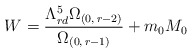
\begin{align*}W=\frac{\Lambda _{rd}^{5}\Omega_{(0,\,r-2)}}{\Omega_{(0,\,r-1)}}+m_{0}M_{0}\end{align*}